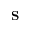
\mathbf { S }